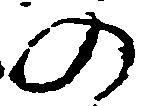
の